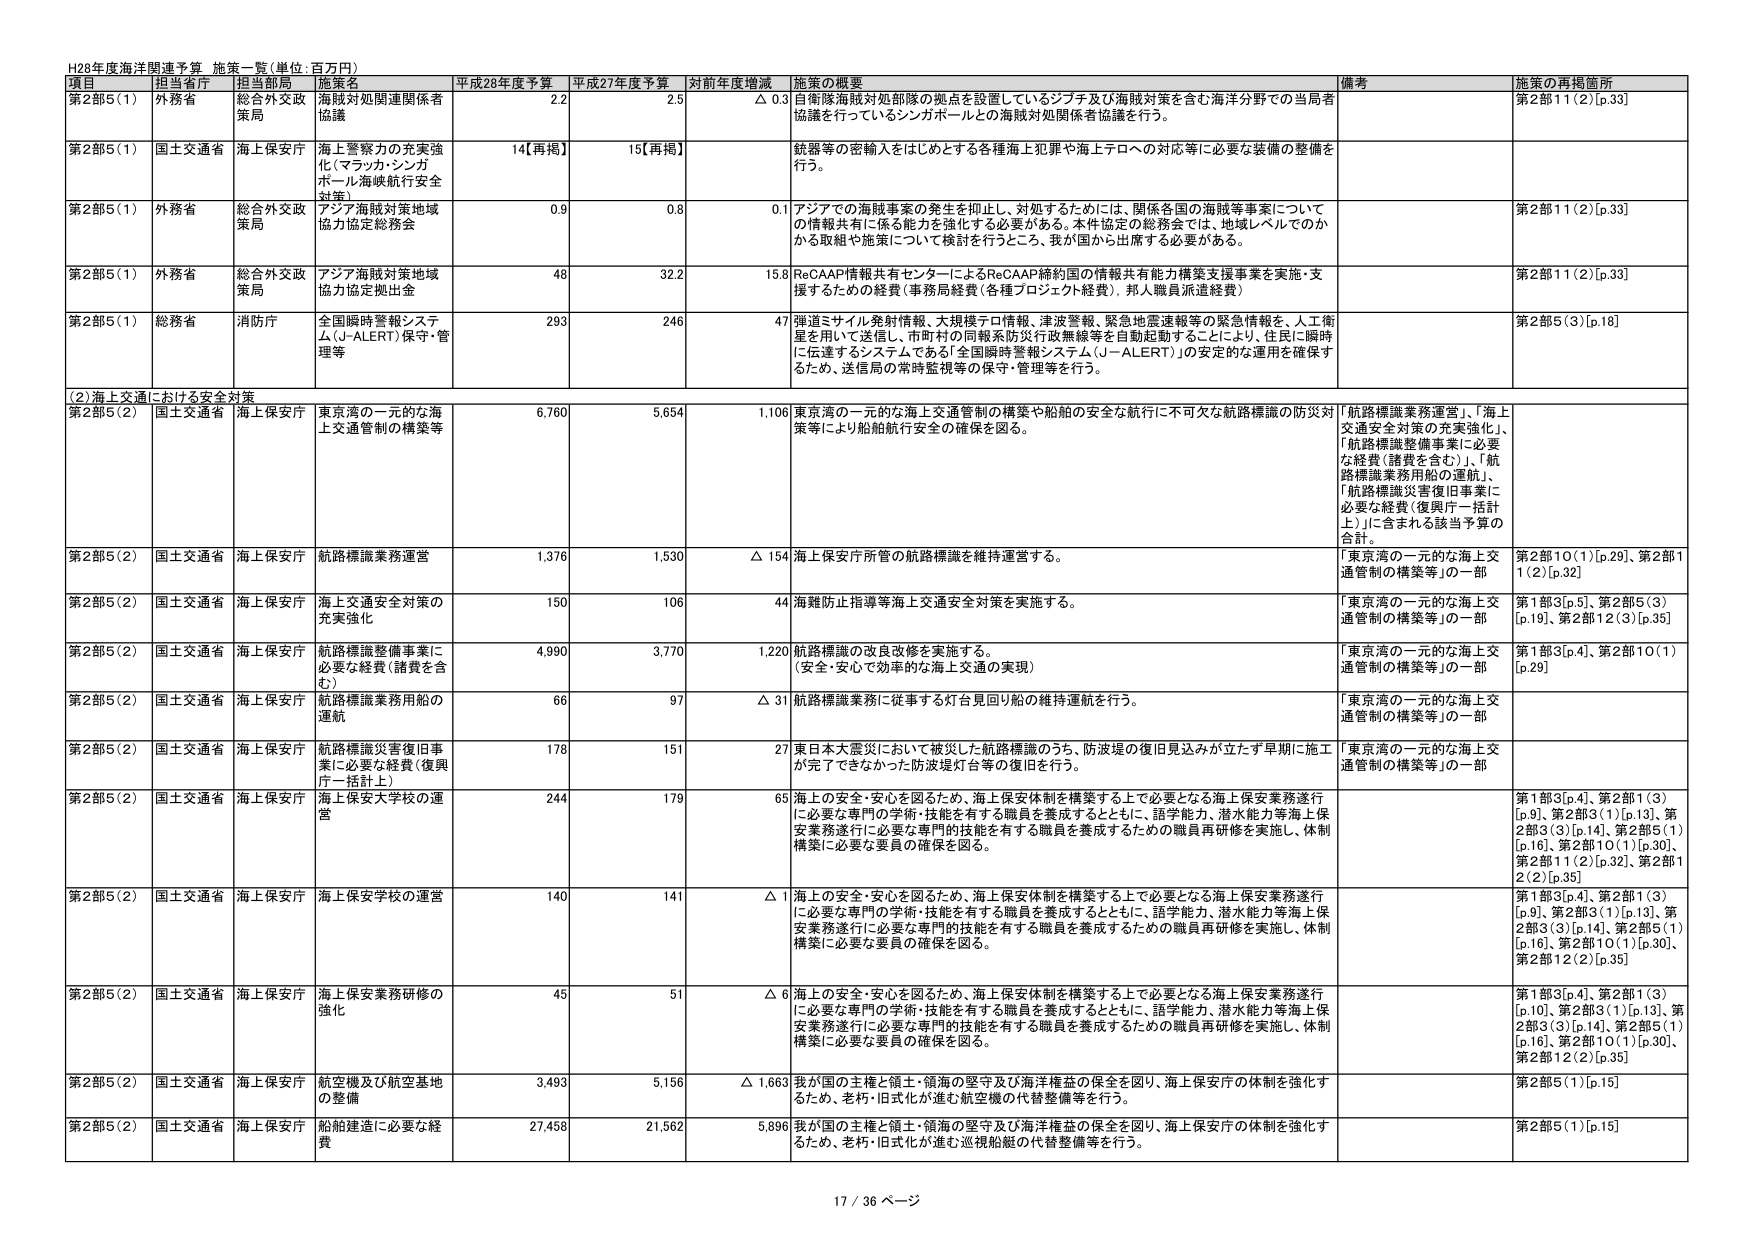
H28年度海洋関連予算 施策一覧(単位:百万円)

項目 担当省庁 担当部局 施策名 平成28年度予算 平成27年度予算 対前年度増減 施策の概要 備考 施策の再掲箇所

第2部5(1) 外務省 総合外交政策局 海賊対処関連関係者協議 2.2 2.5 △ 0.3 自衛隊海賊対処部隊の拠点を設置しているジブチ及び海賊対策を含む海洋分野での当局者協議を行っているシンガポールとの海賊対処関係者協議を行う。 第2部11(2)[p.33]

第2部5(1) 国土交通省 海上保安庁 海上警察力の充実強化(マラッカ・シンガポール海峡航行安全対策) 14[再掲] 15[再掲] 銃器等の密輸入をはじめとする各種海上犯罪や海上テロへの対応等に必要な装備の整備を行う。

第2部5(1) 外務省 総合外交政策局 アジア海賊対策地域協力協定総務会 0.9 0.8 0.1 アジアでの海賊事案の発生を抑止、対処するために、関係各国の海賊等事案についての情報共有に係る能力を強化する必要がある。本件協定の総務会では、地域レベルでのかかの取組や施策について検討を行うところ、我が国から出席する必要がある。 第2部11(2)[p.33]

第2部5(1) 外務省 総合外交政策局 アジア海賊対策地域協力協定拠出金 48 32.2 15.8 ReCAAP情報共有センターによるReCAAP締約国の情報共有能力構築支援事業を実施・支援するための経費(事務局経費(各種プロジェクト経費)、邦人職員派遣経費) 第2部11(2)[p.33]

第2部5(1) 総務省 消防庁 全国瞬時警報システム(J-ALERT)保守・管理等 293 246 47 弾道ミサイル発射情報、大規模テロ情報、津波警報、緊急地震速報等の緊急情報を、人工衛星を用いて送信し、市町村の同報系防災行政無線等を自動起動することにより、住民に瞬時に伝達するシステムである「全国瞬時警報システム(J-ALERT)」の安定的な運用を確保するため、送信局の常時監視等の保守・管理等を行う。 第2部5(3)[p.18]

(2)海上交通における安全対策

第2部5(2) 国土交通省 海上保安庁 東京湾の一元的な海上交通管制の構築等 6,760 5,654 1,106 東京湾の一元的な海上交通管制の構築や船舶の安全な航行に不可欠な航路標識の防災対策等により船舶航行安全の確保を図る。 「航路標識業務運営」、「海上交通安全対策の充実強化」、「航路標識整備事業に必要な経費(諸費を含む)」、「航路標識業務用船の運航」、「航路標識災害復旧事業に必要な経費(復興庁一括計上)」に含まれる該当予算の合計。

第2部5(2) 国土交通省 海上保安庁 航路標識業務運営 1,376 1,530 △ 154 海上保安庁所管の航路標識を維持運営する。 「東京湾の一元的な海上交通管制の構築等」の一部 第2部10(1)[p.29]、第2部11(2)[p.32]

第2部5(2) 国土交通省 海上保安庁 海上交通安全対策の充実強化 150 106 44 海難防止指導等海上交通安全対策を実施する。 「東京湾の一元的な海上交通管制の構築等」の一部 第1部3[p.5]、第2部5(3)[p.19]、第2部12(3)[p.35]

第2部5(2) 国土交通省 海上保安庁 航路標識整備事業に必要な経費(諸費を含む) 4,990 3,770 1,220 航路標識の改良改修を実施する。(安全・安心で効率的な海上交通の実現) 「東京湾の一元的な海上交通管制の構築等」の一部 第1部3[p.4]、第2部10(1)[p.29]

第2部5(2) 国土交通省 海上保安庁 航路標識業務用船の運航 66 97 △ 31 航路標識業務に従事する灯台見回り船の維持運航を行う。 「東京湾の一元的な海上交通管制の構築等」の一部

第2部5(2) 国土交通省 海上保安庁 航路標識災害復旧事業に必要な経費(復興庁一括計上) 178 151 27 東日本大震災において被災した航路標識のうち、防波堤の復旧見込みが立たず早期に施工が完了できなかった防波堤灯台等の復旧を行う。 「東京湾の一元的な海上交通管制の構築等」の一部

第2部5(2) 国土交通省 海上保安庁 海上保安大学校の運営 244 179 65 海上の安全・安心を図るため、海上保安体制を構築する上で必要となる海上保安業務遂行に必要な専門の学術・技能を有する職員を養成するとともに、語学能力、潜水能力等海上保安業務遂行に必要な専門的技能を有する職員を養成するための職員再研修を実施し、体制構築に必要な要員の確保を図る。 第1部3[p.4]、第2部1(3)[p.9]、第2部3(1)[p.13]、第2部3(3)[p.14]、第2部5(1)[p.16]、第2部10(1)[p.30]、第2部11(2)[p.32]、第2部12(2)[p.35]

第2部5(2) 国土交通省 海上保安庁 海上保安学校の運営 140 141 △ 1 海上の安全・安心を図るため、海上保安体制を構築する上で必要となる海上保安業務遂行に必要な専門の学術・技能を有する職員を養成するとともに、語学能力、潜水能力等海上保安業務遂行に必要な専門的技能を有する職員を養成するための職員再研修を実施し、体制構築に必要な要員の確保を図る。 第1部3[p.4]、第2部1(3)[p.9]、第2部3(1)[p.13]、第2部3(3)[p.14]、第2部5(1)[p.16]、第2部10(1)[p.30]、第2部12(2)[p.35]

第2部5(2) 国土交通省 海上保安庁 海上保安業務研修の強化 45 51 △ 6 海上の安全・安心を図るため、海上保安体制を構築する上で必要となる海上保安業務遂行に必要な専門の学術・技能を有する職員を養成するとともに、語学能力、潜水能力等海上保安業務遂行に必要な専門的技能を有する職員を養成するための職員再研修を実施し、体制構築に必要な要員の確保を図る。 第1部3[p.4]、第2部1(3)[p.10]、第2部3(1)[p.13]、第2部3(3)[p.14]、第2部5(1)[p.16]、第2部10(1)[p.30]、第2部12(2)[p.35]

第2部5(2) 国土交通省 海上保安庁 航空機及び航空基地の整備 3,493 5,156 △ 1,663 我が国の主権と領土・領海の堅守及び海洋権益の保全を図り、海上保安庁の体制を強化するため、老朽・旧式化が進む航空機の代替整備等を行う。 第2部5(1)[p.15]

第2部5(2) 国土交通省 海上保安庁 船舶建造に必要な経費 27,458 21,562 5,896 我が国の主権と領土・領海の堅守及び海洋権益の保全を図り、海上保安庁の体制を強化するため、老朽・旧式化が進む巡視船艇の代替整備等を行う。 第2部5(1)[p.15]

17 / 36 ページ